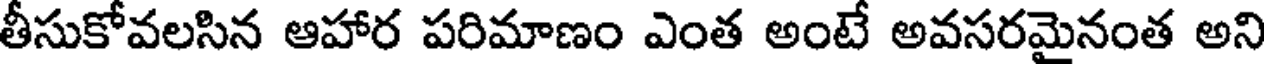
తీసుకోవలసిన ఆహార పరిమాణం ఎంత అంటే అవసరమైనంత అని